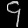
Digit: ၄